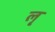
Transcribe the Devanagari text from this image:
लृ्